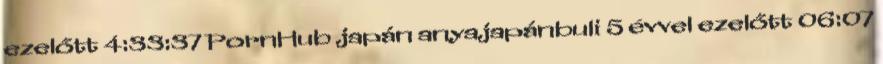
ezelőtt 4:33:37 PornHub japán anyajapánbuli 5 évvel ezelőtt 06:07